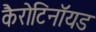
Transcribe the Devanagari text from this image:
कैरोटिनॉयड